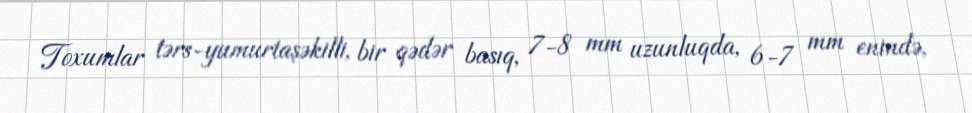
Toxumlar tərs-yumurtaşəkilli, bir qədər basıq, 7-8 mm uzunluqda, 6-7 mm enində,